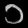
Digit: ၁